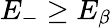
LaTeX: E_{-}\geq E_{\beta}